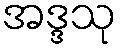
အဒ္ဒသု